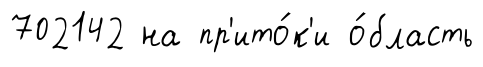
702142 на пр'ито́к'и о́бласть